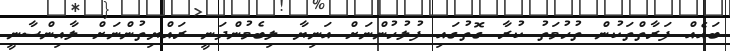
ބައެއް ފަރާތްތަކުން ތުހުމަތު ކުރާ ގޮތުގައި ފުލުހުންނަށް އަނިޔާ ލިބެމުންދަނީ ރައްޔިތުންނަށް ލާއިންސާނީ